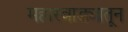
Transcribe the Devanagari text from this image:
महारवाड्यातून